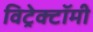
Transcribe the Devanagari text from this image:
विट्रेक्टॉमी